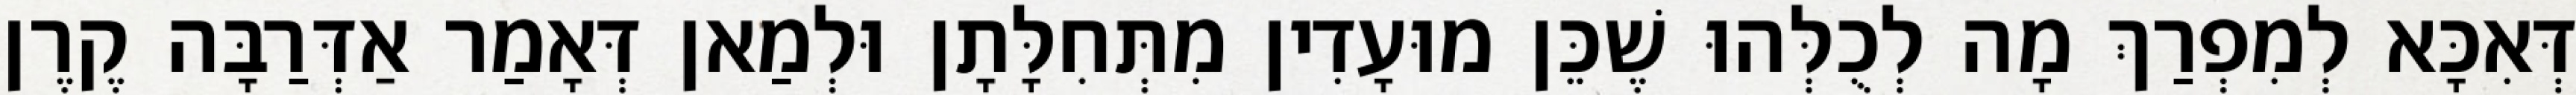
דְּאִכָּא לְמִפְרַךְ מָה לְכֻלְּהוּ שֶׁכֵּן מוּעָדִין מִתְּחִלָּתָן וּלְמַאן דְּאָמַר אַדְּרַבָּה קֶרֶן